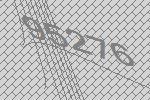
95276